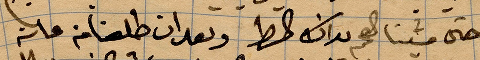
حتى مشينا من هناك الشط وبعدان طلعنا من عانة